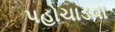
પહોચાડવા